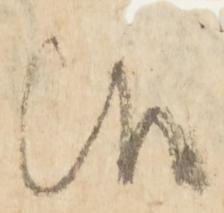
候